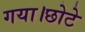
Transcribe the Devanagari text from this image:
गया।छोटे